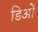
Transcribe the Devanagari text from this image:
डिओं